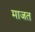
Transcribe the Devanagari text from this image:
माजत